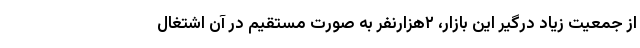
از جمعیت زیاد درگیر این بازار، ۲هزارنفر به صورت مستقیم در آن اشتغال